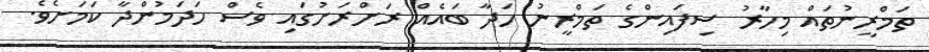
ތަމްރީނުތައް މިހާރު ސިފައިންގެ ތަމްރީނު ހަދާ ބައެއް ރަށްރަށުގައި ވެސް ހަދަމުންދާ ކަމަށެވެ.